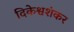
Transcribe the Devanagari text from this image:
दिकेश्वशंकर